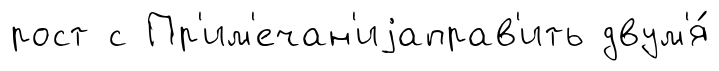
рост с Пр'им'ечан'иjаправ'ить двум'я́